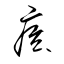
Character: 痃